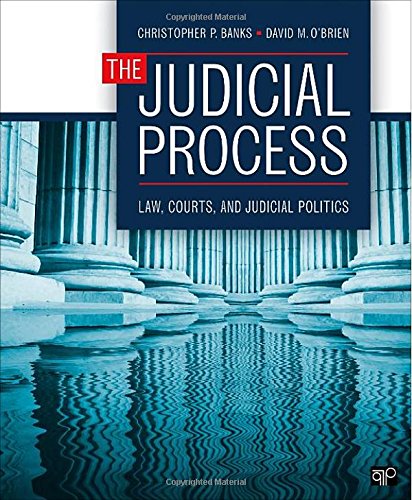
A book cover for The Judicial Process: Law, Courts, and Judicial Politics; Christopher P. Banks; Law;